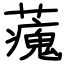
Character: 藱